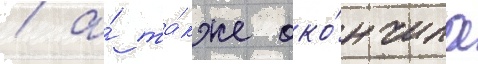
/ а́ та́кже око́нчила